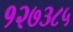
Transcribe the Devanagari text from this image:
१२७३८५